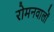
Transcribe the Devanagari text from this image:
रोमनवालों